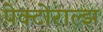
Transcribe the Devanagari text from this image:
पेक्टोराल्झ